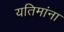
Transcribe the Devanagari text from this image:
यतिमांना